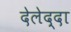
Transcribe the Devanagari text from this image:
देलेद्दा